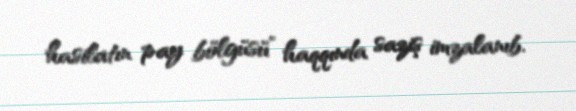
hasilatın pay bölgüsü” haqqında saziş imzalanıb.